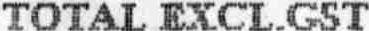
TOTAL EXCL,GST